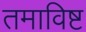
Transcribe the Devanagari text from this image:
तमाविष्ट